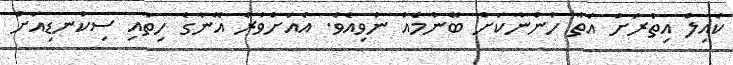
ކައިލް އިތުރަށް އެތާ ހުންނާކަށް ބޭނުމެއް ނުވިއެވެ. އެއަށްވުރެ އޭނާގެ ހިތާއި ސިކުނޑިއަށް